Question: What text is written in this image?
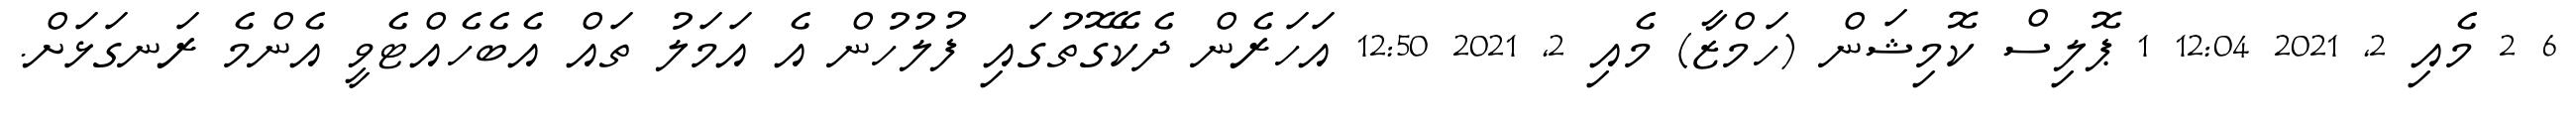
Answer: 6 2 މެއި 2, 2021 12:04 1 ޕޮލިސް ކޮމިޝަން (ހަމްޒާ) މެއި 2, 2021 12:50 އަހަރެން ދެކޭގޮތުގައި ފުލުހުން އެ އަމަލު ތައް އެބެހެއްޓެވީ އެންމެ ރަނގަޅަށް.